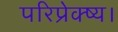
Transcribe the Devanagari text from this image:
परिप्रेक्ष्य।